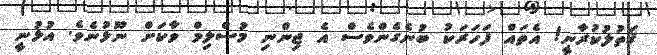
ޤަތުލުކުރާނީ! އެތައް ފަހަރަކު ބުނެގެންވެސް އެ ޖިންނި މުސްލިމް ވާކަށް ނޫޅުނެވެ. އުޅުނީ